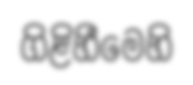
ගිළිහීමෙහි